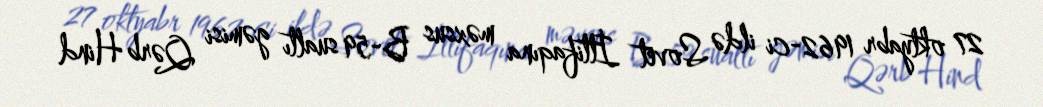
27 oktyabr 1962-ci ildə Sovet İttifaqına məxsus B-59 sualtı gəmisi Qərb Hind